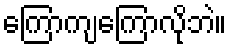
ကြောကျကြောလိုဘဲ။